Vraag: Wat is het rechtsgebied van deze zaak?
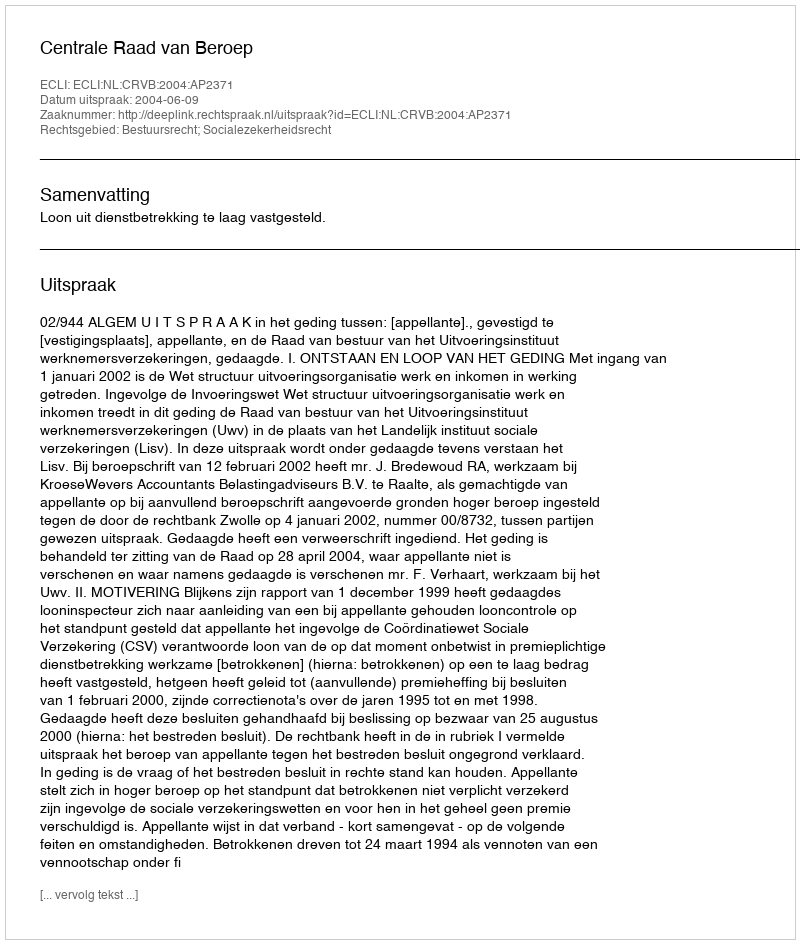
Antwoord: Bestuursrecht; Socialezekerheidsrecht